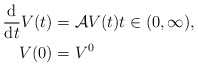
\begin{align*}\frac{\mathrm{d}}{\mathrm{d}t} V(t) &= \mathcal{A} V(t) t \in (0, \infty), \\V(0) &= V^{0} \end{align*}